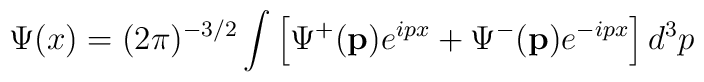
\Psi (x)=(2\pi )^{-3/2}\int \left[ \Psi^{+}(\mathbf{p})e^{ipx}+\Psi ^{-}( \mathbf{p})e^{-ipx}\right] d^3p